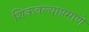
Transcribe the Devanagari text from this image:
शिकवल्याप्रमाणे